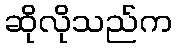
ဆိုလိုသည်က